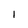
Character: 1